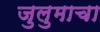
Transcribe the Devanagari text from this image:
जुलुमाचा